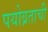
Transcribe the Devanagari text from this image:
पयोव्रताची